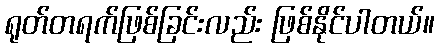
ရုတ်တရက်ဖြစ်ခြင်းလည်း ဖြစ်နိုင်ပါတယ်။